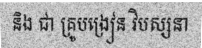
និង ជា គ្រូបង្រៀន វិបស្សនា